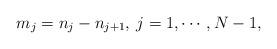
LaTeX: \begin{align*}m_j = n_j - n_{j+1}, \> j = 1, \cdots, N-1,\end{align*}